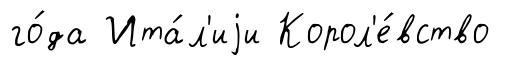
го́да Ита́л'иjи Корол'е́вство